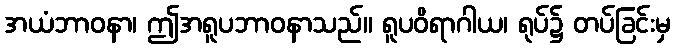
အယံဘာဝနာ၊ ဤအရူပဘာဝနာသည်။ ရူပဝိရာဂါယ၊ ရုပ်၌ တပ်ခြင်းမှ